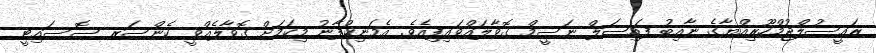
ރައީސުލްޖުމްހޫރިއްޔާގެ ނާއިބު ފައިޞަލް ނަސީމް ގޮވާލައްވައިފިއެވެ. އެމަނިކުފާނު މިކަމަށް ގޮވާލެއްވީ ކެންސަރ ސޮސައިޓީ